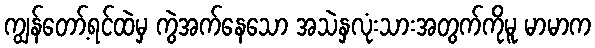
ကျွန်တော့်ရင်ထဲမှ ကွဲအက်နေသော အသဲနှလုံးသားအတွက်ကိုမူ မာမာက